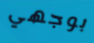
بوجهي